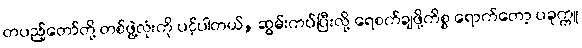
တပည့်တော်တို့ တစ်ဖွဲ့လုံးကို ပင့်ပါတယ်, ဆွမ်းကပ်ပြီးလို့ ရေစက်ချဖို့ကိစ္စ ရောက်တော့ ပခုက္ကူ